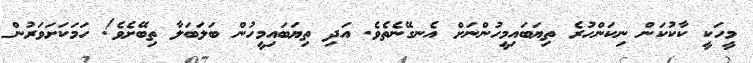
މީހަކީ ކާކުކަން ނިކަންހުރެ ތިޔަބައިމީހުންނަށް އެނގޭނެތެވެ. އަދި ތިޔަބައިމީހުން ބަލަބަލާ ތިބޭށެވެ! ހަމަކަށަވަރުން